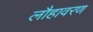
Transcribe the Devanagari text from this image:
लौहावरण